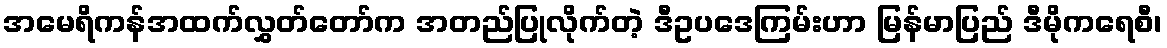
အမေရိကန်အထက်လွှတ်တော်က အတည်ပြုလိုက်တဲ့ ဒီဥပဒေကြမ်းဟာ မြန်မာပြည် ဒီမိုကရေစီ၊